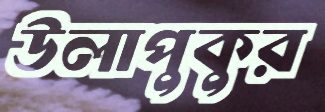
উলাপুকুর